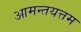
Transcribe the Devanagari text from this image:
आमन्तयत्तम